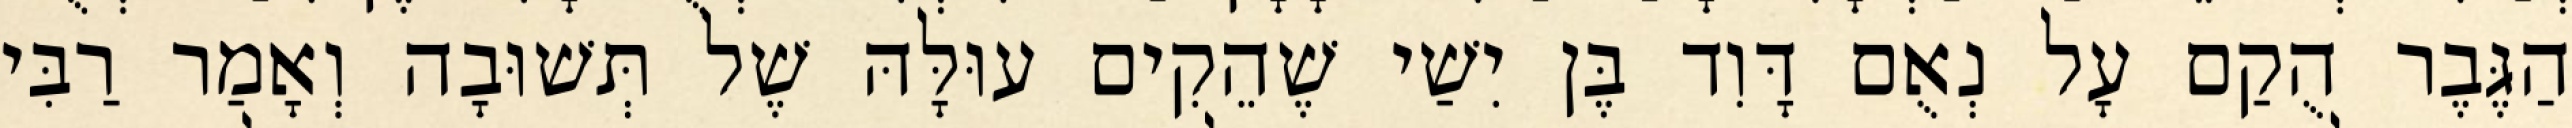
הַגֶּבֶר הֻקַם עָל נְאֻם דָּוִד בֶּן יִשַׁי שֶׁהֵקִים עוּלָּהּ שֶׁל תְּשׁוּבָה וְאָמַר רַבִּי